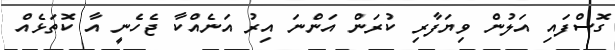
ގޮސްފައި އަލުން ވިޔަފާރި ކުރަން އަންނަ އިރު އަނެއްކާ ޖެހެނީ އާ ކޮތަޅެއް